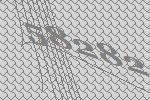
58282